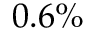
0 . 6 \%